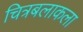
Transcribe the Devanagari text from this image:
चित्रबलाकला